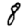
Digit: 8